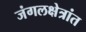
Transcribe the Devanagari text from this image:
जंगलक्षेत्रांत